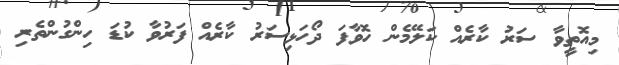
މިއޮތީވާ ސަރު ކާރެއް ކަލޭމެން ހޮވާފަ ދޯހަޅިސަރު ކާރެއް ފަރުވާ ކުޑަ ހިންގުންތެރި